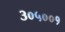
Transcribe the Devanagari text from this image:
३०५००१